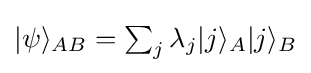
{\textstyle |\psi \rangle _{AB}=\sum _{j}\lambda _{j}|j\rangle _{A}|j\rangle _{B}}